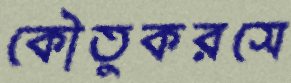
কৌতুকরসে